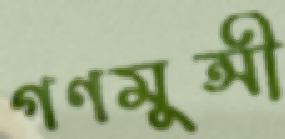
গণমুন্সী